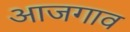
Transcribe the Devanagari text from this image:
आजगाव